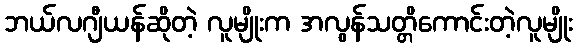
ဘယ်လဂျီယန်ဆိုတဲ့ လူမျိုးက အလွန်သတ္တိကောင်းတဲ့လူမျိုး